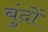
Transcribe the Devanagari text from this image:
बुंदों